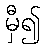
မှီ၍